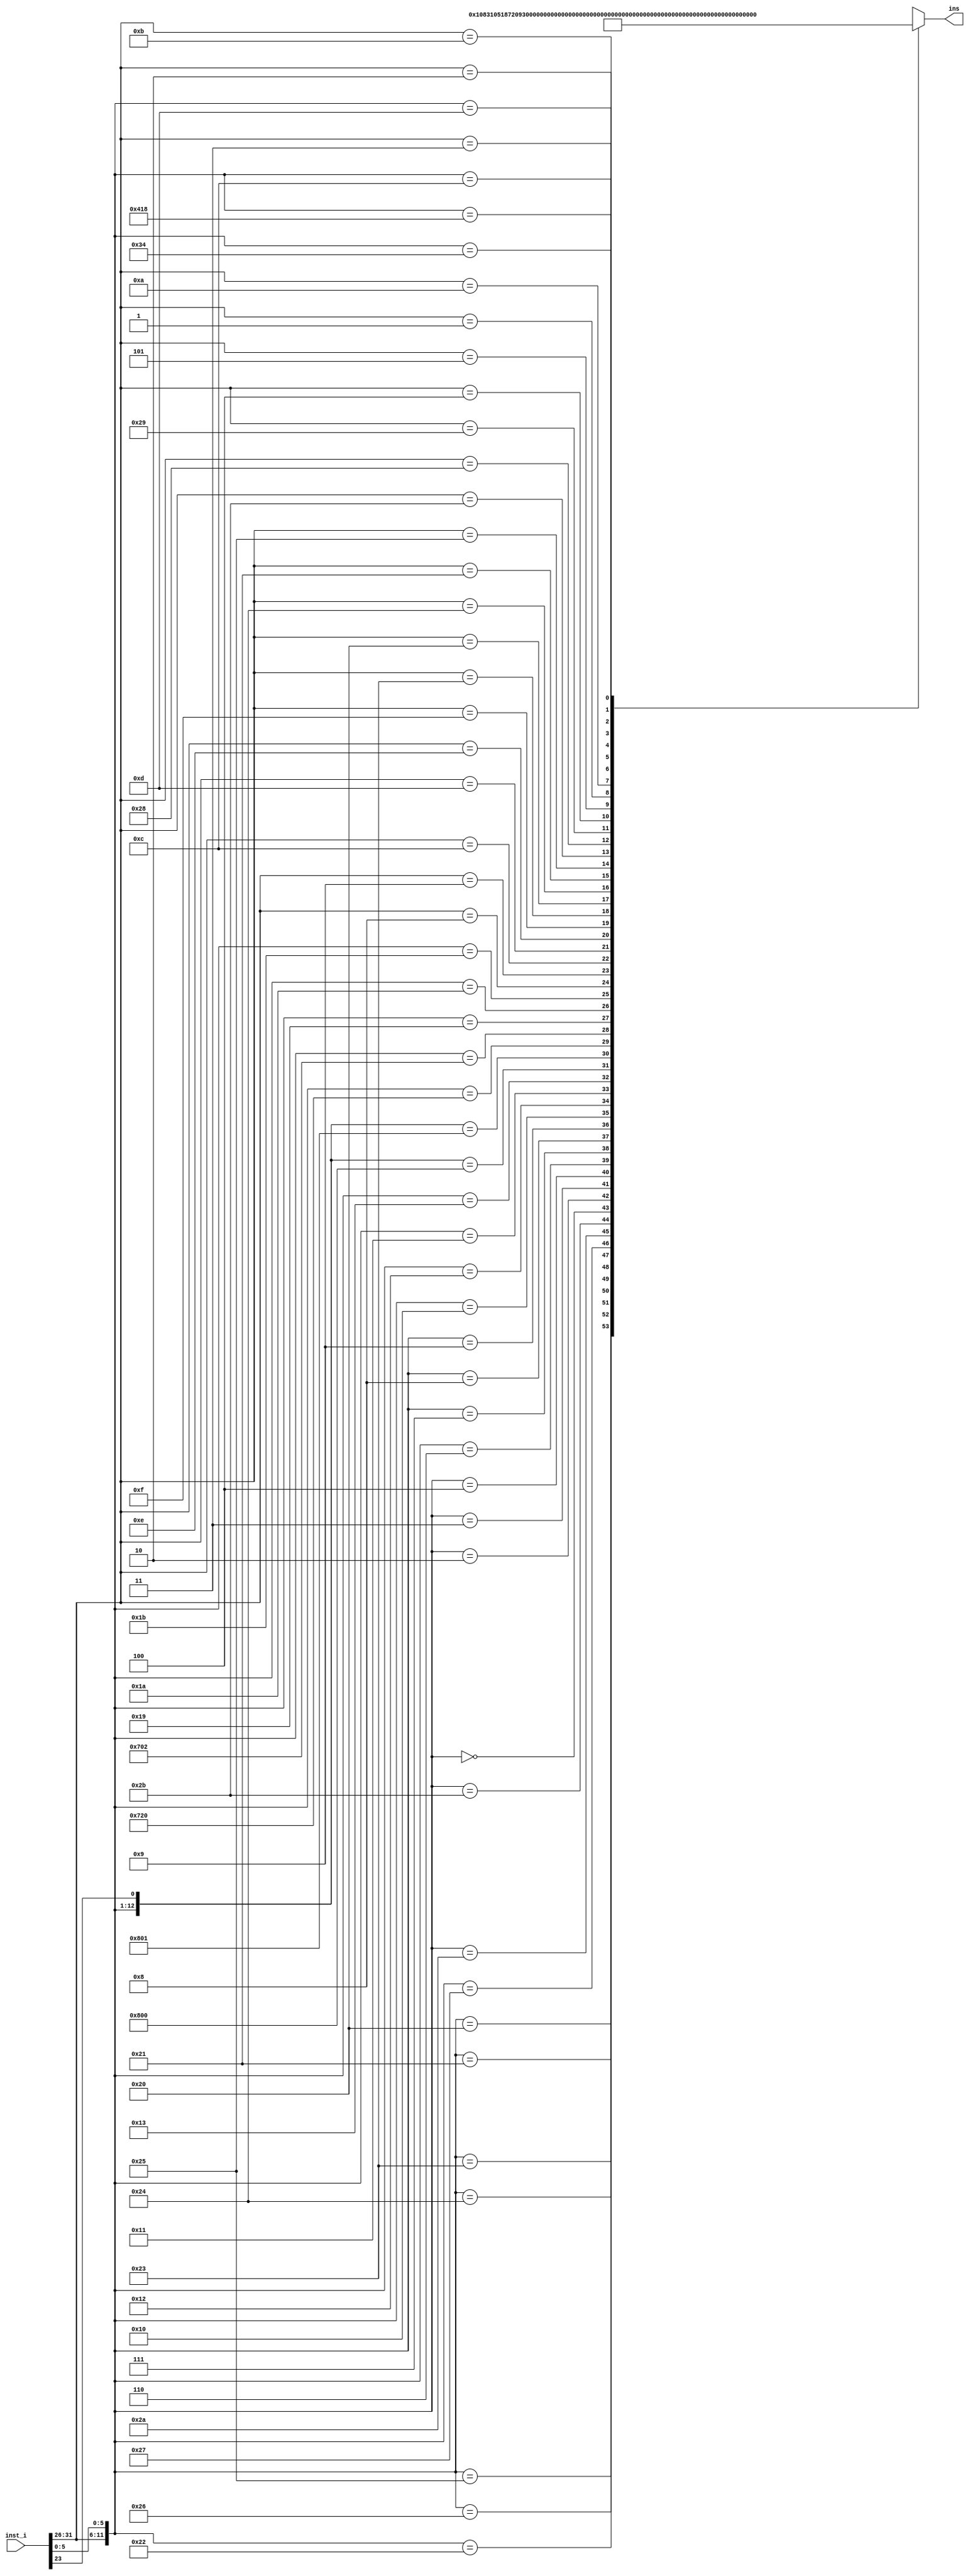
`timescale 1ns / 1ps
//////////////////////////////////////////////////////////////////////////////////
// Company: 
// Engineer: 
// 
// Design Name: 
// Module Name: CPU_DeInstruction
// Project Name: 
// Target Devices: 
// Tool Versions: 
// Description: 
// 
// Dependencies: 
// 
// Revision:
// Revision 0.01 - File Created
// Additional Comments:
// 
//////////////////////////////////////////////////////////////////////////////////



module DeInstruction(
    input [31:0] inst_i,//
    output [5:0] ins
    );
    wire [12:0] temp_ins;
    reg [5:0] reg_ins;
    assign temp_ins={inst_i[31:26],inst_i[5:0],inst_i[23]};
    always @ (*)begin
        casex(temp_ins)
        //R
            13'b000000_100000x:reg_ins <= 0;//addu
            13'b000000_100001x:reg_ins <= 1;//add
            13'b000000_100010x:reg_ins <= 2;//subu
            13'b000000_100011x:reg_ins <= 3;//sub
            13'b000000_100100x:reg_ins <= 4;//and
            13'b000000_100101x:reg_ins <= 5;//or

            13'b000000_100110x:reg_ins <= 6;//xor
            13'b000000_100111x:reg_ins <= 7;//nor
            13'b000000_101010x:reg_ins <= 8;//slt
            13'b000000_101011x:reg_ins <= 9;//sltu
            13'b000000_000000x:reg_ins <= 10;//sll
            13'b000000_000010x:reg_ins <= 11;//srl

            13'b000000_000011x:reg_ins <= 12;//sra
            13'b000000_000100x:reg_ins <= 13;//sllv
            13'b000000_000110x:reg_ins <= 14;//srlv
            13'b000000_000111x:reg_ins <= 15;//srav
            13'b000000_001000x:reg_ins <= 16;//jr        
            13'b000000_001001x:reg_ins <= 17;//jalr

            13'b000000_010000x:reg_ins <= 18;//mfhi
            13'b000000_010010x:reg_ins <= 19;//mflo
            13'b000000_010001x:reg_ins <= 20;//mthi
            13'b000000_010011x:reg_ins <= 21;//mtlo
            13'b010000_0000000:reg_ins <= 22;//mfc0
            13'b010000_0000001:reg_ins <= 23;//mtc0

            13'b011100_100000x:reg_ins <= 24;//clz
            13'b011100_000010x:reg_ins <= 25;//mul
            13'b000000_011001x:reg_ins <= 26;//multu
            13'b000000_011010x:reg_ins <= 27;//div
            13'b000000_011011x:reg_ins <= 28;//divu

        //I
            13'b001000_xxxxxxx:reg_ins <= 29;//addi
            13'b001001_xxxxxxx:reg_ins <= 30;//addiu
            13'b001100_xxxxxxx:reg_ins <= 31;//andi
            13'b001101_xxxxxxx:reg_ins <= 32;//ori
            13'b001110_xxxxxxx:reg_ins <= 33;//xori
            13'b001111_xxxxxxx:reg_ins <= 34;//lui
            13'b100011_xxxxxxx:reg_ins <= 35;//lw
            13'b100000_xxxxxxx:reg_ins <= 36;//lb
            13'b100100_xxxxxxx:reg_ins <= 37;//lbu
            13'b100001_xxxxxxx:reg_ins <= 38;//lh
            13'b100101_xxxxxxx:reg_ins <= 39;//lhu

            13'b101011_xxxxxxx:reg_ins <= 40;//sw 
            13'b101000_xxxxxxx:reg_ins <= 41;//sb 
            13'b101001_xxxxxxx:reg_ins <= 42;//sh 
            13'b000100_xxxxxxx:reg_ins <= 43;//beq 
            13'b000101_xxxxxxx:reg_ins <= 44;//bne 
            13'b000001_xxxxxxx:reg_ins <= 45;//bgez 
            13'b001010_xxxxxxx:reg_ins <= 46;//slti 
            13'b001011_xxxxxxx:reg_ins <= 47;//sltiu 
        
        //J
            13'b000010_xxxxxxx:reg_ins <= 48;//j
            13'b000011_xxxxxxx:reg_ins <= 49;//jal

        //
            13'b000000_001101x:reg_ins <= 50;//break
            13'b000000_001100x:reg_ins <= 51;//syscall
            13'b010000_011000x:reg_ins <= 52;//eret
            13'b000000_110100x:reg_ins <= 53;//teq

            default: reg_ins <= 32'bx;
    endcase
    end

    assign ins=reg_ins;
endmodule